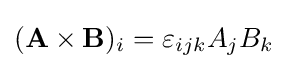
(\mathbf {A} \times \mathbf {B} )_{i}=\varepsilon _{ijk}A_{j}B_{k}